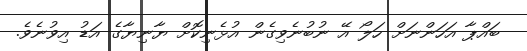
ބައްޕާ އަހަންނަށް ހަލޯ އޭ ނުބުނެވިގެން އުޅެނިކޮށް ޔާނިޔާގެ އަޑު އިވުނެވެ.